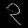
Digit: ၃